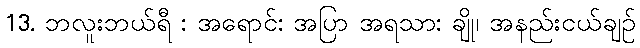
13. ဘလူးဘယ်ရီ : အရောင်: အပြာ အရသာ: ချို၊ အနည်းငယ်ချဉ်